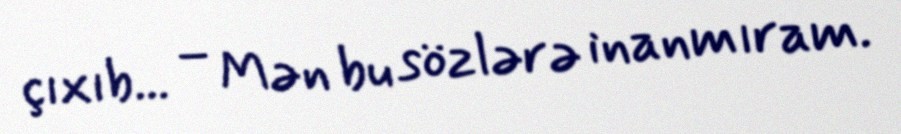
çıxıb... – Mən bu sözlərə inanmıram.